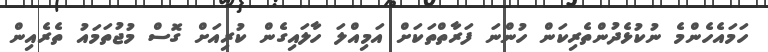
ހަމައެހެންމެ ނުކުޅެދުންތެރިކަން ހުންނަ ފަރާތްތަކަށް އަމިއްލަ ހާލައިގެން ކުރިއަށް ގޮސް މުޖުތަމައު ތެރެއިން